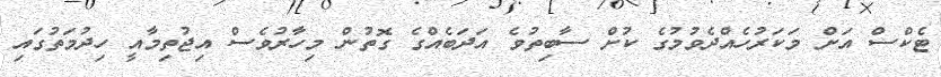
ޓެކްސް އަށް މަކަރުހެއްދެވުމުގެ ކުށް ސާބިތުވެ އަދަބެއްގެ ގޮތުން މިހާރުވެސް އިޖުތިމާއީ ހިދުމަތުގައި